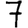
Digit: 7